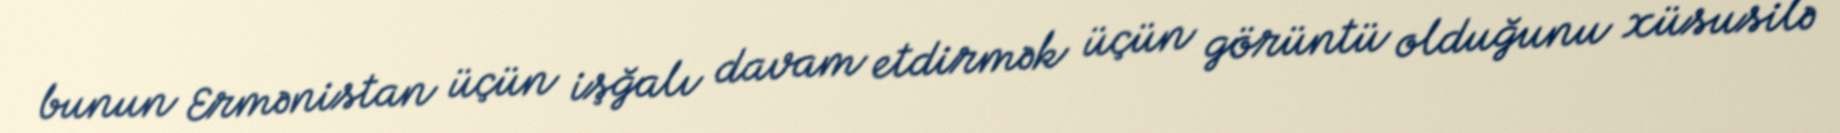
bunun Ermənistan üçün işğalı davam etdirmək üçün görüntü olduğunu xüsusilə